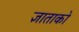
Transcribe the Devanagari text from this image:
ज्ञाताको